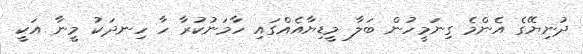
ދުނިޔޭގެ އެންމެ ގިނަމީހުން ބަލާ މީޑިޔާއެއްގައި ހާމަނުކުރާ ހާ ހިނދަކު މީނާ އަކީ